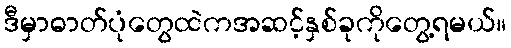
ဒီမှာဓာတ်ပုံတွေထဲကအဆင့်နှစ်ခုကိုတွေ့ရမယ်။